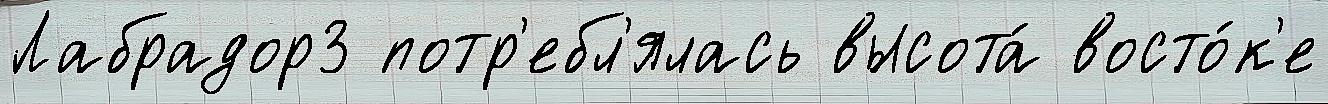
Лабрадор3 потр'ебл'ялась высота́ восто́к'е